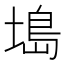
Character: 𫮖